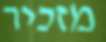
מזכיר